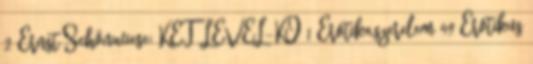
2 Ernst Schönwiese: KÉT LEVÉL-KÖ 1 Erotika,szerelem 49 Erotikus